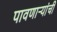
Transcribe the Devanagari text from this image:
पावणाऱ्यांची